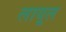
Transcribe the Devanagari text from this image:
लायूल